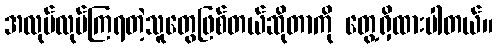
အလုပ်လုပ်ကြရတဲ့သူတွေဖြစ်တယ်ဆိုတာကို တွေ့ရှိထားပါတယ်။